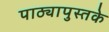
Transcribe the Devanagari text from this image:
पाठ्यापुस्तके